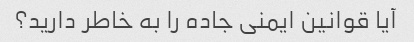
آیا قوانین ایمنی جاده را به خاطر دارید؟